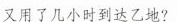
又用了几小时到达乙地?